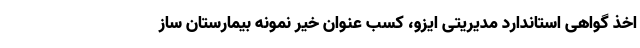
اخذ گواهی استاندارد مدیریتی ایزو، کسب عنوان خیر نمونه بیمارستان ساز